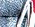
وقول